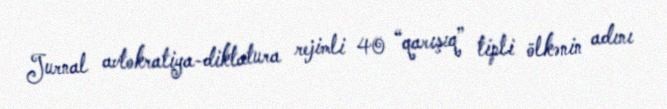
Jurnal avtokratiya-diktatura rejimli 40 “qarışıq” tipli ölkənin adını